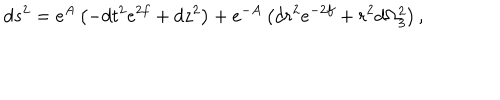
LaTeX: d s ^ { 2 } = e ^ { A } \left( - d t ^ { 2 } e ^ { 2 f } + d z ^ { 2 } \right) + e ^ { - A } \left( d r ^ { 2 } e ^ { - 2 f } + r ^ { 2 } d \Omega _ { 3 } ^ { 2 } \right) ,